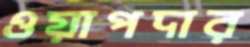
ওয়াপদার